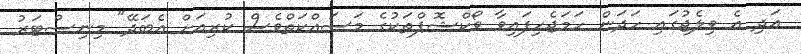
އަދި އެ ވިލެޖުގައި ހަދަން ހަަމަޖެހިފައިވާ ވޯކްޝޮޕްތަކުގެ މަސައްކަތްވެސް ކުރިއަށް އެބަދޭ" މިނިސްޓަރު